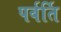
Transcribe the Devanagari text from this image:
पर्वर्ति